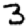
Digit: 3